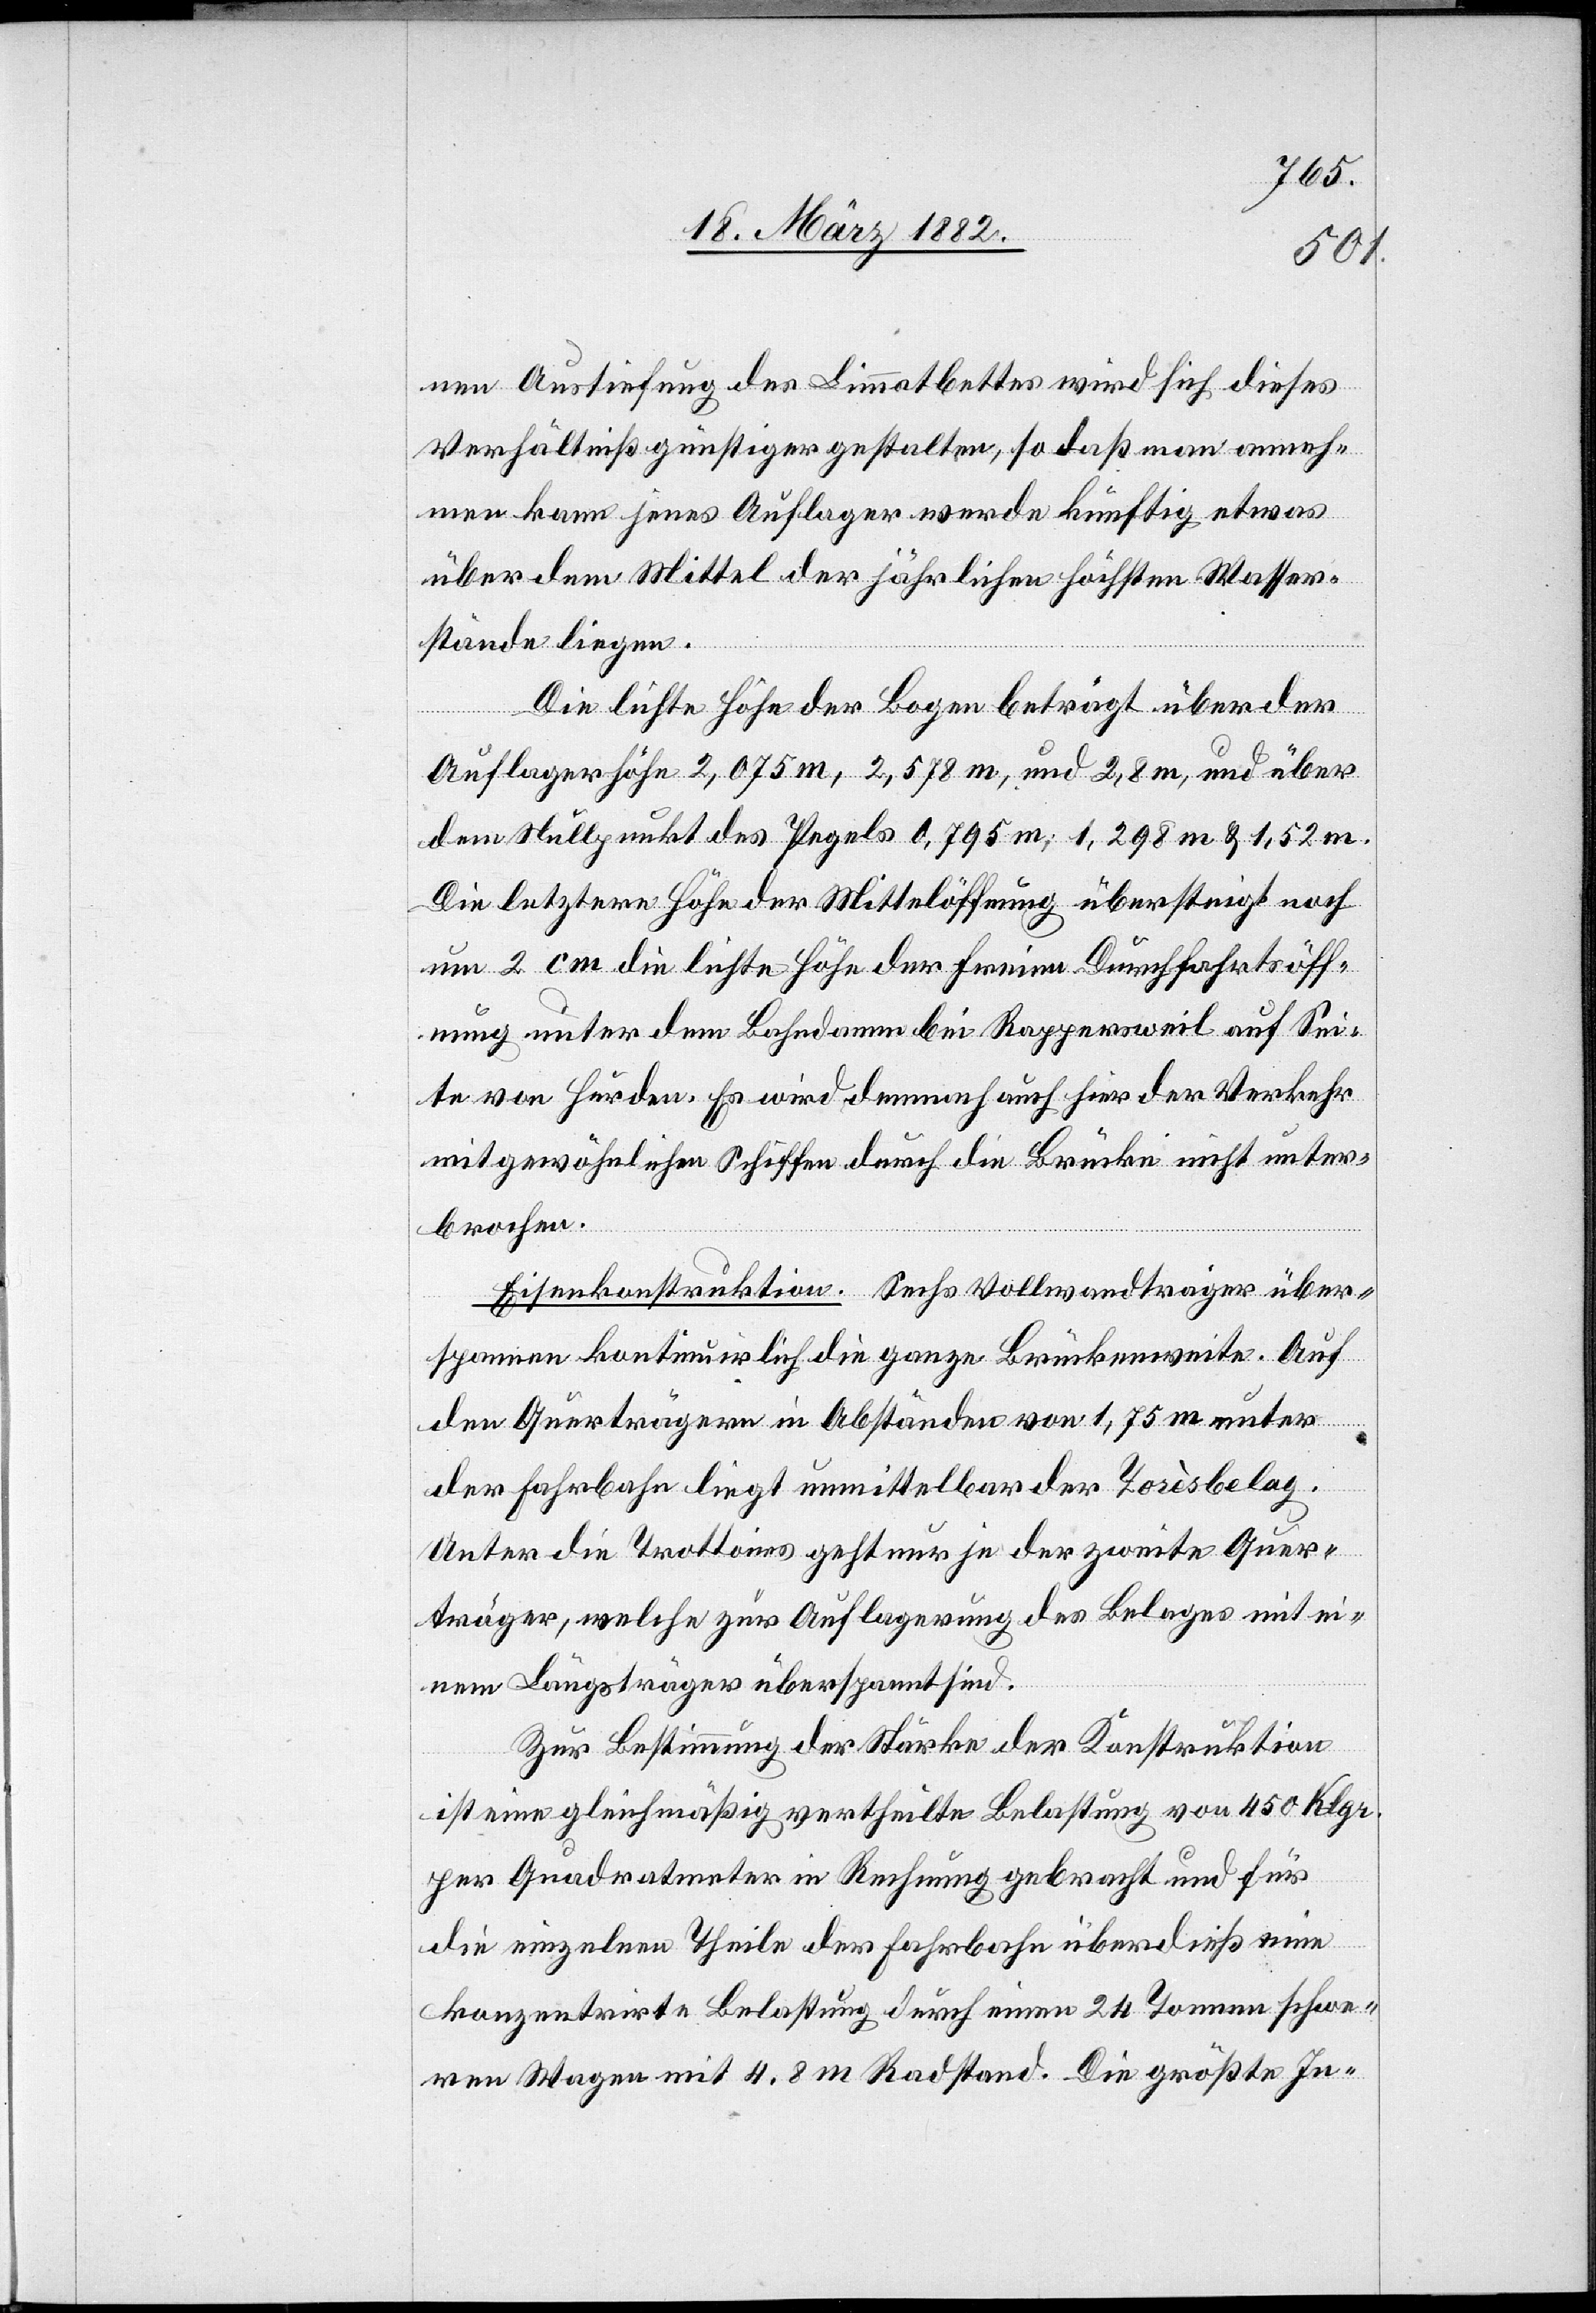
nen Auslieferung des Limmatbettes wird sich dieses
Verhältniß günstiger gestalten; so daß man anneh¬
men kann jenes Auflager werde künftig etwas
über dem Mittel der jährlichen höchsten Wasser¬
stände liegen.
Die lichte Höhe der Bogen beträgt über der
Auflagerhöhe 2,075 m, 2,578 m, und 2,8 m und über
dem Nullpunkt des Pegels 0,796 m; 1,298 m & 1,52 m.
Die letztere Höhe der Mittelöffnung übersteigt noch
um 2 cm die lichte Höhe der freien Durchfahrtsöff¬
nung unter dem Bahndamm bei Rappersweil auf Sei¬
te von Hurden. Es wird demnach auch hier der Verkehr
mit gewöhnlichen Schiffen durch die Brücke nicht unter¬
brochen.
Eisenkonstruktion. Sechs Vollwandträger über¬
spannen kontinuirlich die ganze Brückenweite. Auf
den Querträgern in Abständen von 1,75 m unter
der Fahrbahn liegt unmittelbar der Torèsbelag.
Unter die Trottoirs geht nur jeder zweite Quer¬
träger, welche zur Auflagerung des Belages mit ei¬
nem Längsträger überspannt sind.
Zur Bestimmung der Stärke der Konstruktion
ist eine gleichmäßig vertheilte Belastung von 450 Klgr.
per Quadratmeter in Rechnung gebracht und für
die einzelnen Theilen der Fahrbahn überdieß eine
konzentrierte Belastung durch einen 24 Tonnen schwe¬
ren Wagen mit 4,8 m Radstand. Die größte In-